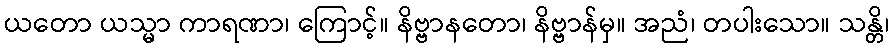
ယတော ယသ္မာ ကာရဏာ၊ ကြောင့်။ နိဗ္ဗာနတော၊ နိဗ္ဗာန်မှ။ အညံ၊ တပါးသော။ သန္တိ၊